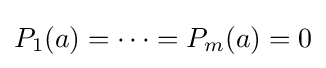
P_{1}(a)=\dots =P_{m}(a)=0